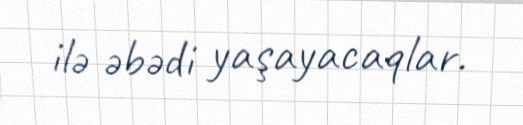
ilə əbədi yaşayacaqlar.